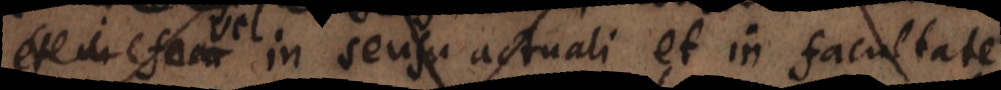
in sensu actuali et in facultate.